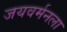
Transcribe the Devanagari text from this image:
जयवर्मनला